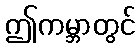
ဤကမ္ဘာတွင်